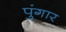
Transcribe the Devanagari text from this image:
पुंगार